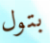
بتول